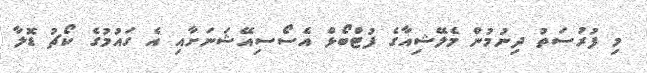
މި ފުރުސަތު ދިނުމުން މެލޭޝިއާގެ ފުޓްބޯޅް އެސޯސިއޭޝަނަށާއި އެ ގައުމުގެ ކޯޗު ޑޮލާ